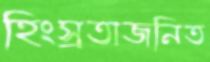
হিংস্রতাজনিত